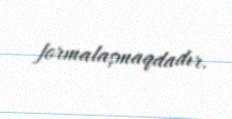
formalaşmaqdadır.